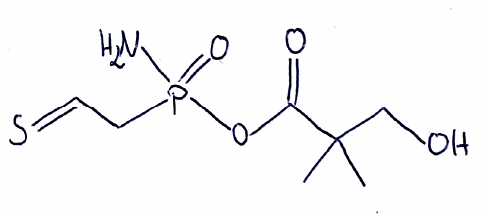
Simplified molecular-input line-entry system (SMILES) notation of the given molecule:
CC(C)(CO)C(=O)OP(=O)(CC=S)N